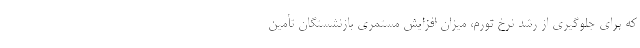
که برای جلوگیری از رشد نرخ تورم، میزان افزایش مستمری بازنشستگان تأمین